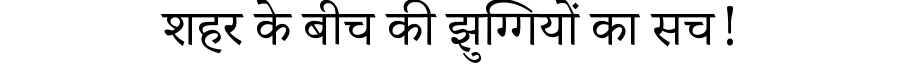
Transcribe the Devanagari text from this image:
शहर के बीच की झुग्गियों का सच!